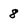
Character: 8